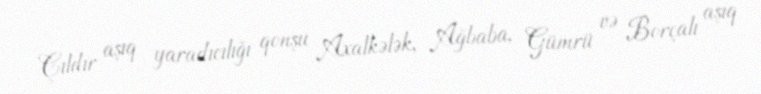
Çıldır aşıq yaradıcılığı qonşu Axalkələk, Ağbaba, Gümrü və Borçalı aşıq